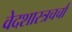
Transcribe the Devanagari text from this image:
वेदशास्त्रचर्चा